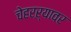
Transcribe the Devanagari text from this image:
चेहरऱ्यावर